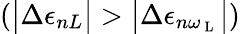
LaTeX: \left(\big|\Delta\epsilon_{nL}\big|>\big|\Delta\epsilon_{n\omega_{\mathrm{~L~}}}\big|\right)